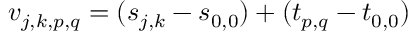
\boldsymbol { v } _ { j , k , p , q } = ( \boldsymbol { s } _ { j , k } - \boldsymbol { s } _ { 0 , 0 } ) + ( \boldsymbol { t } _ { p , q } - \boldsymbol { t } _ { 0 , 0 } )